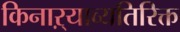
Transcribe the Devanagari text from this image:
किनाऱ्याव्यतिरिक्त